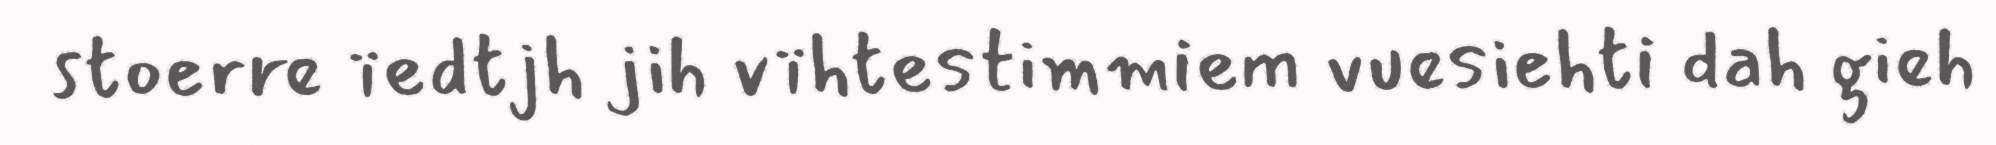
stoerre ïedtjh jih vïhtestimmiem vuesiehti dah gieh